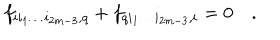
LaTeX: f _ { i i _ { 1 } \dots i _ { 2 m - 3 } , q } + f _ { q i _ { 1 } \dots i _ { 2 m - 3 } , i } = 0 \quad .